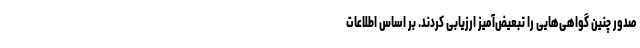
صدور چنین گواهی‌هایی را تبعیض‌آمیز ارزیابی کردند. بر اساس اطلاعات